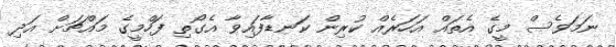
ނަމަވެސް މީގެ އެތައް އަހަރެއް ކުރިން ކަނޑާފައިވާ އެގޯތި ފަހްމީގެ މައްޗަށް އަދި